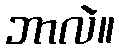
ဘာလဲ။